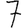
Digit: 7